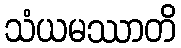
သံယမဿာတိ